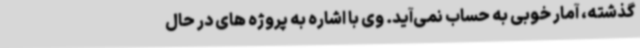
گذشته، آمار خوبی به حساب نمی‌آید. وی با اشاره به پروژه های در حال